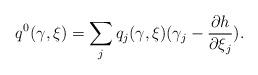
LaTeX: \begin{align*}q^{0}(\gamma,\xi)= \sum_j q_j(\gamma,\xi)(\gamma_j- \frac{\partial h}{\partial \xi_j}).\end{align*}